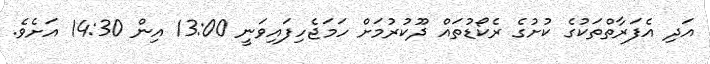
އަދި އެފަރާތްތަކުގެ ކުށުގެ ރެކޯޑުތައް ދޫކުރުމަށް ހަމަޖެހިފައިވަނީ 13:00 އިން 14:30 އަށެވެ.